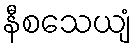
နီစသေယျံ